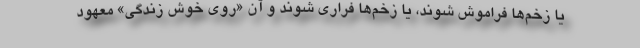
يا زخم‌ها فراموش شوند، يا زخم‌ها فراري شوند و آن «روي خوش زندگي» معهود